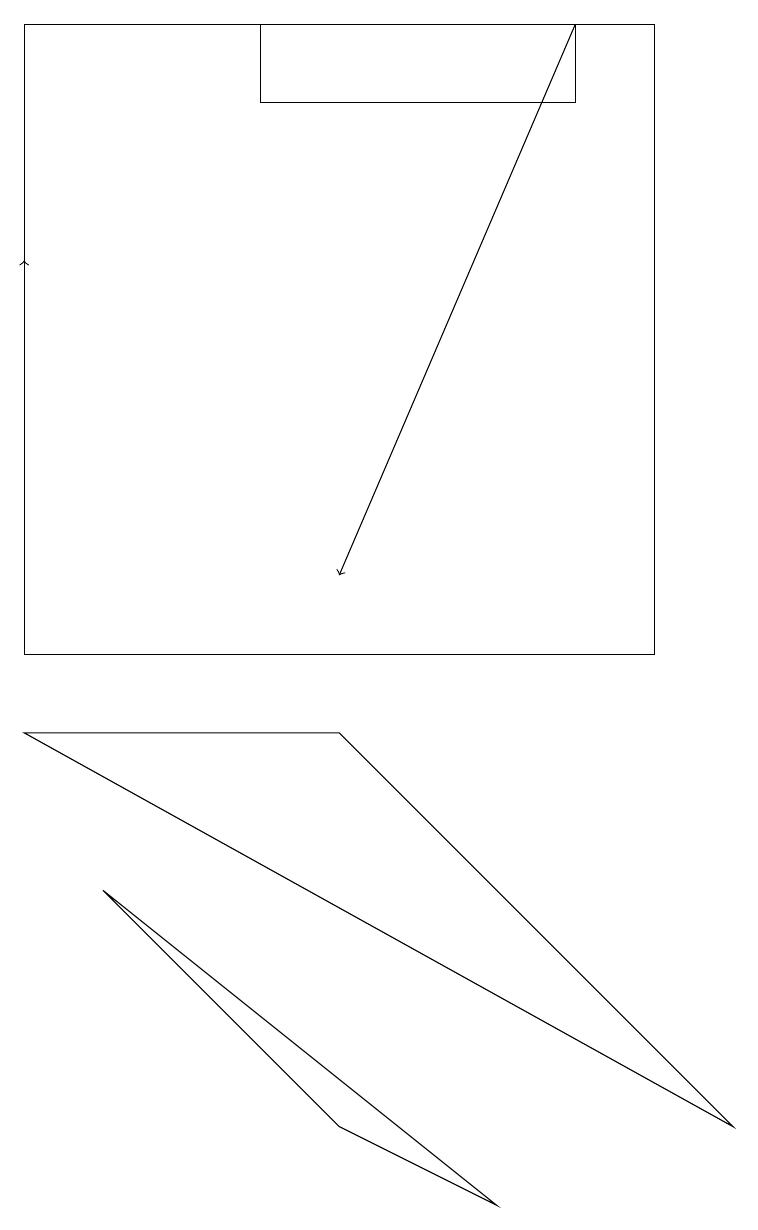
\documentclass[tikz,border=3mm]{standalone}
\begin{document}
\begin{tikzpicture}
\draw (1,7) -- (6,3) -- (4,4) -- cycle;
\draw (0,18) rectangle (8,10);
\draw[->] (7,18) -- (4,11);
\draw (9,4) -- (0,9) -- (4,9) -- cycle;
\draw (3,17) rectangle (7,18);
\draw[->] (0,13) -- (0,15);
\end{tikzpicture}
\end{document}